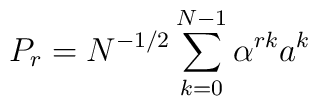
P_r = N^{-1/2} \sum_{k=0}^{N-1} \alpha^{rk} a^k